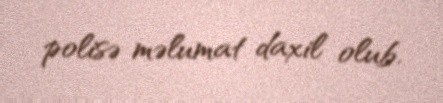
polisə məlumat daxil olub.